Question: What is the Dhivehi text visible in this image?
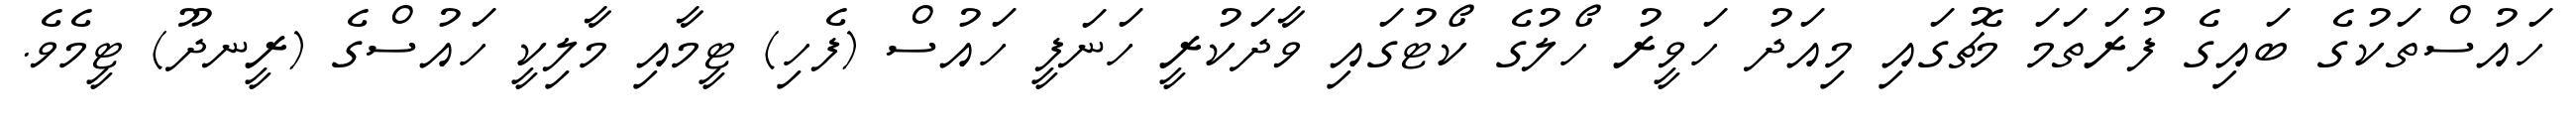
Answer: ހައުސްތަކުގެ ބައިގެ ފުރަތަމަ މެޗުގައި މިއަދު ހަވީރު ހޯލުގެ ކޯޓުގައި ވާދަކުރީ ހަނަފީ ހައުސް (ފެހި) ޓީމާއި މާލިކީ ހައުސްގެ (ރީނދޫ) ޓީމެވެ.